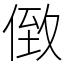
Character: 𠊷